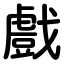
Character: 戲